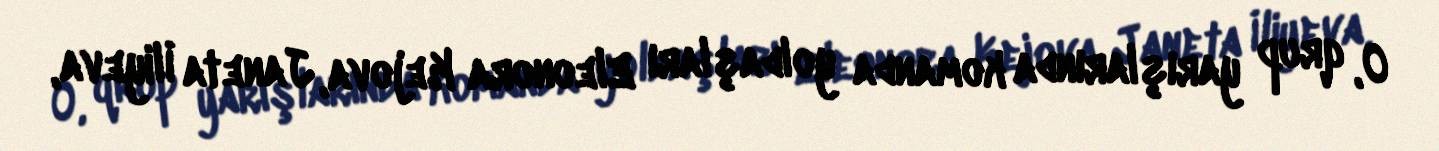
O, qrup yarışlarında komanda yoldaşları Eleonora Kejova, Janeta İliyeva,